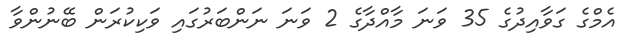
އެމްގެ ގަވާއިދުގެ 35 ވަނަ މާއްދާގެ 2 ވަނަ ނަންބަރުގައި ވަކިކުރަން ބޭނުންވާ